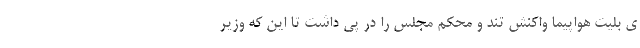
ی بلیت هواپیما واکنش تند و محکم مجلس را در پی داشت تا این که وزیر